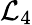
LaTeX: \mathcal{L}_{4}